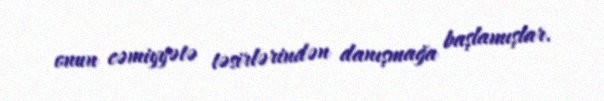
onun cəmiyyətə təsirlərindən danışmağa başlamışlar.